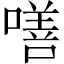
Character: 𠾺